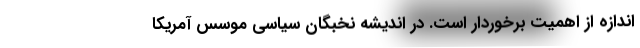
اندازه از اهمیت برخوردار است. در اندیشه نخبگان سیاسی موسس آمریکا